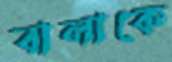
বালাকে